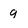
Character: 9